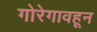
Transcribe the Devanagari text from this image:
गोरेगावहून